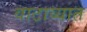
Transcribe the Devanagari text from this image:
वाटाव्यात